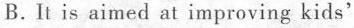
B.It is aimed at improving kids'